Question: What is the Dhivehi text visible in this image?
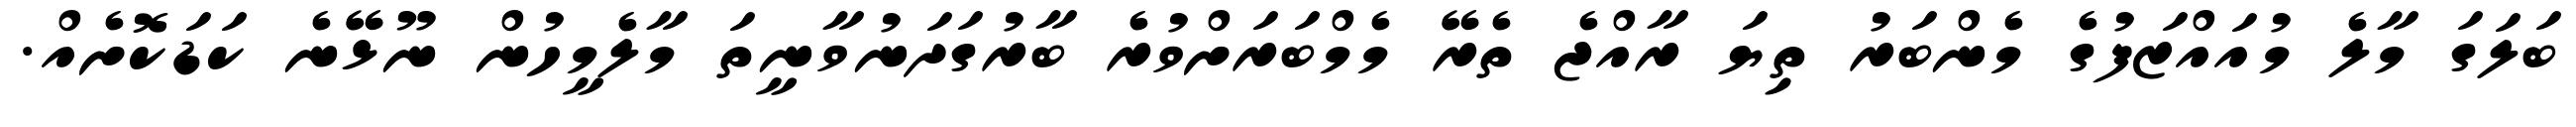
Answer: ބަލަގަ މާލެ މުއައްޒަފުގެ މެންބަރު ތިޔަ ރާއްޖެ ތެރޭ މެމްބަރަށްވުރެ ބާރުގަދަނުވާނީތަ މާލެމީހުން ނޫޅޭނެ ކަޑަކޮށެއް.